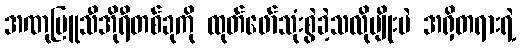
အဏုမြူသီအိုရီတစ်ခုကို ထုတ်ဖော်သုံးစွဲခဲ့သလိုမျိုးပဲ အရှိတရားရဲ့